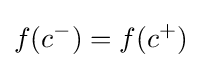
f(c^{-})=f(c^{+})